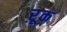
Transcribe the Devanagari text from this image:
ऱूक